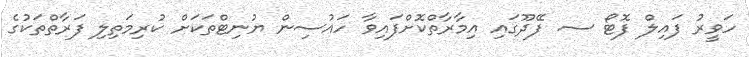
ހަވީރު ފައިލް ފޮޓޯ ސ. ފޭދޫގައި އިމާރާތްކޮށްފައިވާ ހައުސިން ޔުނިޓްތަކަށް ކުރިމަތިލި ފަރާތްތަކުގެ